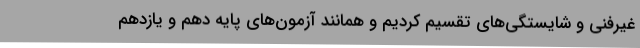
غیرفنی و شایستگی‌های تقسیم کردیم و همانند آزمون‌های پایه دهم و یازدهم